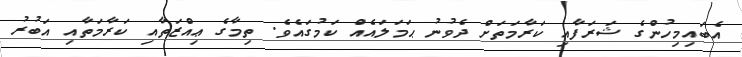
އެބައިމިހުންގެ ޝަރަފާއި ކަރާމަތަށް ދެވުނު ޙަމަލައެއް ކަމުގައެވެ. ތިމާގެ ޢިއްޒަތާއި ކަރާމަތާއި އަބުރު